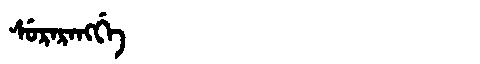
Manchu: ᠰᡠᡵᠠᡵᠠᠩᡤᡝ
Romanization: SURARANGGE